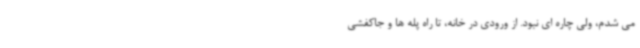
می شدم، ولی چاره ای نبود. از ورودی در خانه، تا راه پله ها و جاکفشی